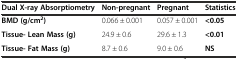
<table><thead><tr><td><b>Dual X-ray Absorptiometry</b></td><td><b>Non-pregnant</b></td><td><b>Pregnant</b></td><td><b>Statistics</b></td></tr></thead><tbody><tr><td><b>BMD (g/cm</b><sup><b>2</b></sup><b>)</b></td><td>0.066 ± 0.001</td><td>0.057 ± 0.001</td><td><b>&lt;0.05</b></td></tr><tr><td><b>Tissue- Lean Mass (g)</b></td><td>24.9 ± 0.6</td><td>29.6 ± 1.3</td><td><b>&lt;0.01</b></td></tr><tr><td><b>Tissue- Fat Mass (g)</b></td><td>8.7 ± 0.6</td><td>9.0 ± 0.6</td><td><b>NS</b></td></tr></tbody></table>